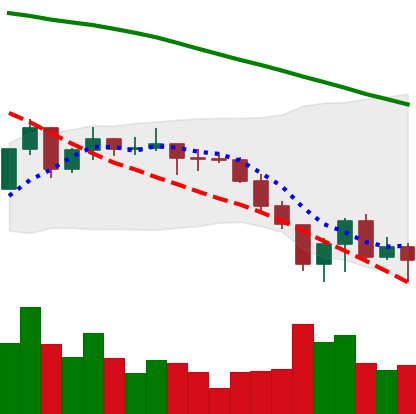
Ticker: XLM-USD
Chart end date: 2022-06-18
Forward return: 9.421%
Label: up_7plus